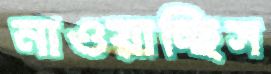
নাওয়াচ্ছিস